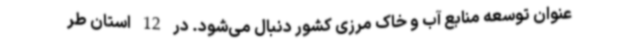
عنوان توسعه منابع آب و خاک مرزی کشور دنبال می‌شود. در 12 استان طر